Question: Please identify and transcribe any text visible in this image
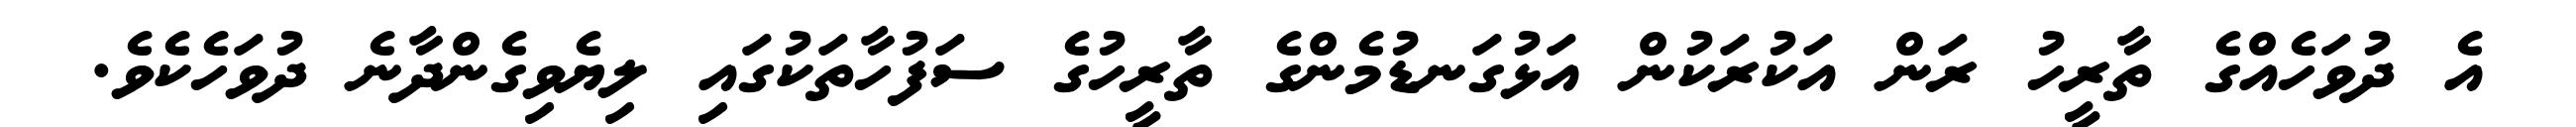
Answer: އެ ދުވަހެއްގެ ތާރީހު ރަން އަކުރަކުން އަޅުގަނޑުމެންގެ ތާރީހުގެ ސަފުހާތަކުގައި ލިޔެވިގެންދާނެ ދުވަހެކެވެ.